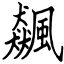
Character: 飆